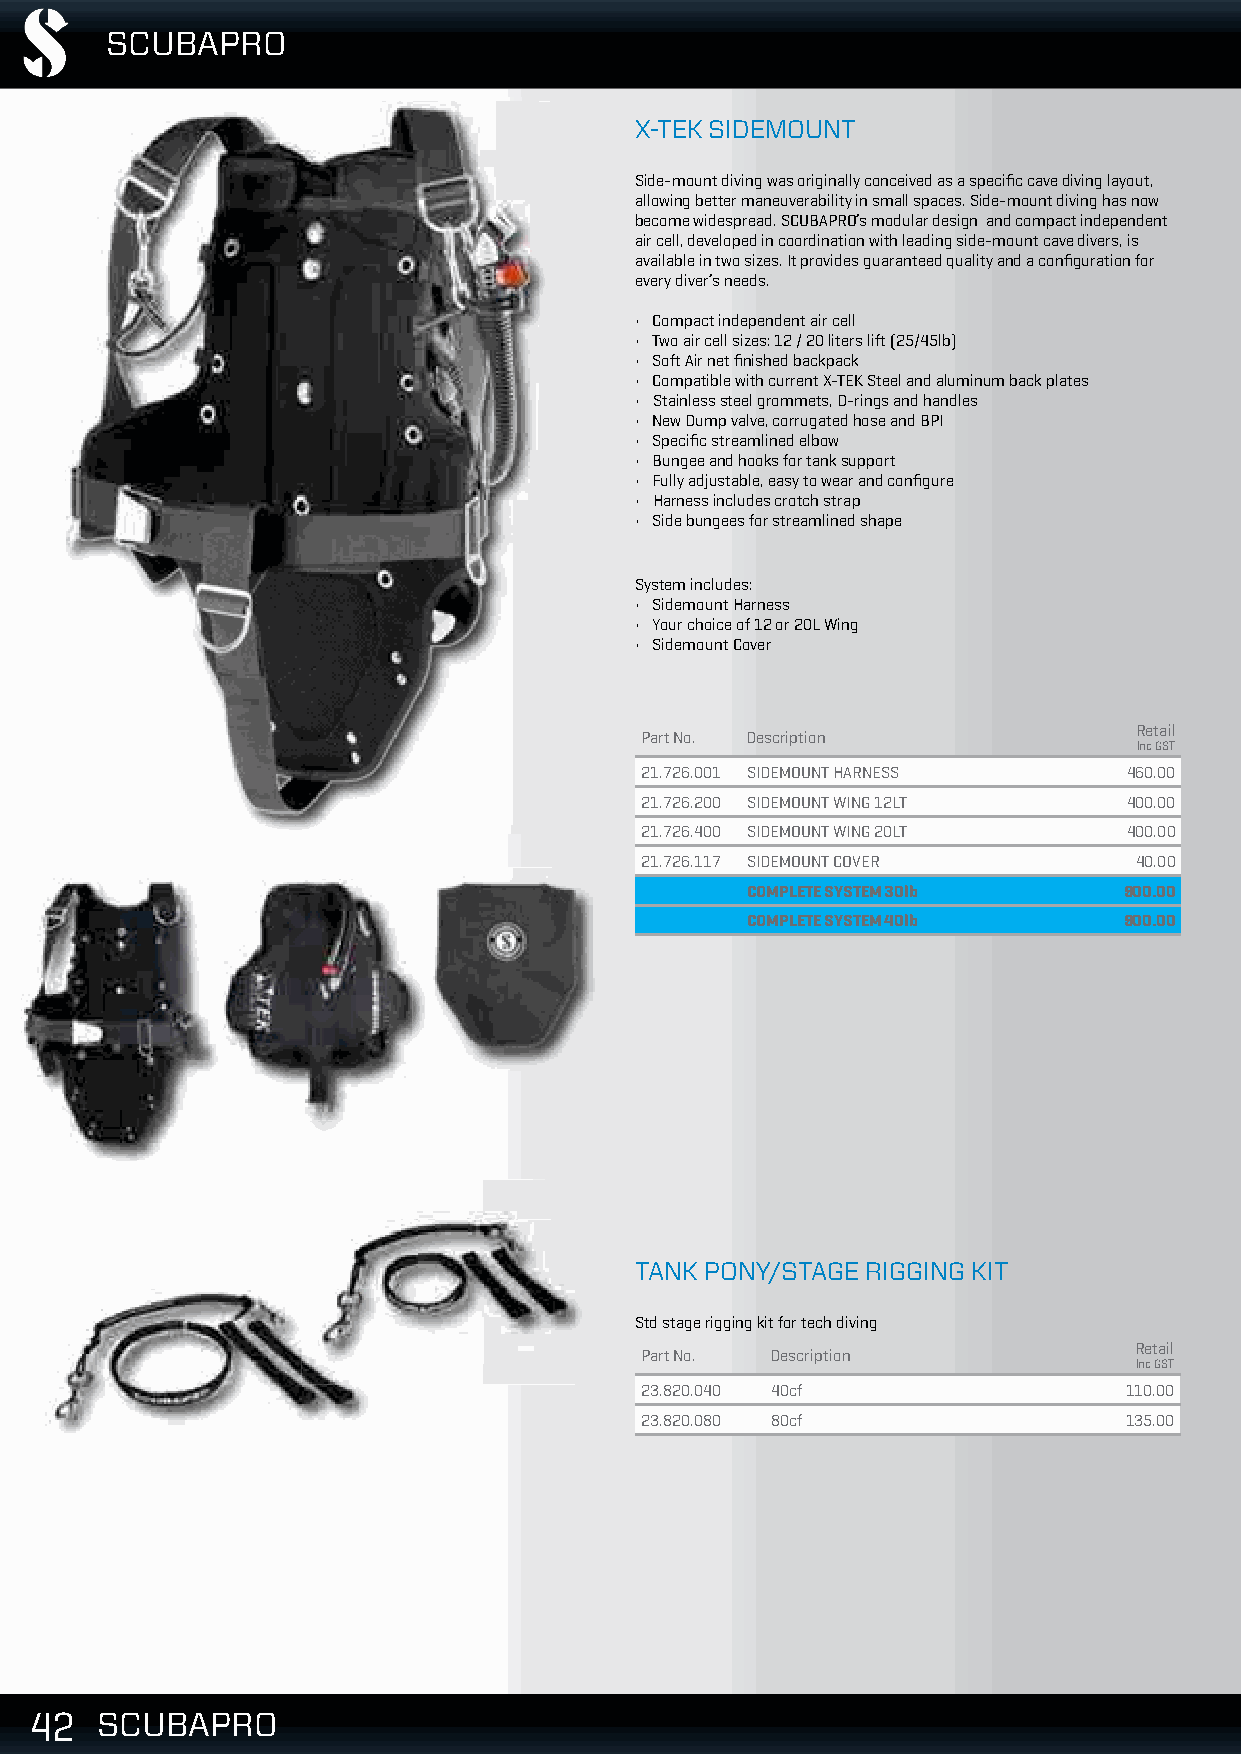
SCUBAPRO
 X-TEK SIDEMOUNT
 Side-mount diving was originally conceived as a specific cave diving layout,
 allowing better maneuverability in small spaces. Side-mount diving has now
 become widespread. SCUBAPRO’s modular design and compact independent
 air cell, developed in coordination with leading side-mount cave divers, is
 available in two sizes. It provides guaranteed quality and a configuration for
 every diver’s needs.
 • Compact independent air cell
 • Two air cell sizes: 12 / 20 liters lift (25/45lb)
 • Soft Air net finished backpack
 • Compatible with current X-TEK Steel and aluminum back plates
 • Stainless steel grommets, D-rings and handles
 • New Dump valve, corrugated hose and BPI
 • Specific streamlined elbow
 • Bungee and hooks for tank support
 • Fully adjustable, easy to wear and configure
 • Harness includes crotch strap
 • Side bungees for streamlined shape
 System includes:
 • Sidemount Harness
 • Your choice of 12 or 20L Wing
 • Sidemount Cover
 Retail
 Part No. Description
 Inc GST
 21.726.001 SIDEMOUNT HARNESS     460.00
 21.726.200 SIDEMOUNT WING 12LT   400.00
 21.726.400 SIDEMOUNT WING 20LT   400.00
 21.726.117 SIDEMOUNT COVER       40.00
 COMPLETE SYSTEM 30lb     900.00
 COMPLETE SYSTEM 40lb     900.00
 TANK PONY/STAGE RIGGING KIT
 Std stage rigging kit for tech diving
 Retail
 Part No. Description
 Inc GST
 23.820.040 40cf                 110.00
 23.820.080 80cf                 135.00
 444222 SSSCCCUUUBBBAAAPPPRRROOO                                                     VVaalliidd ffrroomm 0011//1100//22001188 || PPrriicceess aarree ssuubbjjeecctt ttoo cchhaannggee wwiitthhoouutt nnoottiiccee